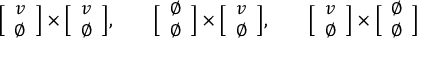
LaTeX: \Big [ \begin{array} { c } { { v } } \\ { { \emptyset } } \end{array} \Big ] \times \Big [ \begin{array} { c } { { v } } \\ { { \emptyset } } \end{array} \Big ] , \qquad \Big [ \begin{array} { c } { { \emptyset } } \\ { { \emptyset } } \end{array} \Big ] \times \Big [ \begin{array} { c } { { v } } \\ { { \emptyset } } \end{array} \Big ] , \qquad \Big [ \begin{array} { c } { { v } } \\ { { \emptyset } } \end{array} \Big ] \times \Big [ \begin{array} { c } { { \emptyset } } \\ { { \emptyset } } \end{array} \Big ]